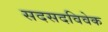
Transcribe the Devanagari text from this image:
सदसदविवेक